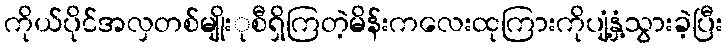
ကိုယ်ပိုင်အလှတစ်မျိုးုစီရှိကြတဲ့မိန်းကလေးထုကြားကိုပျံ့နှံ့သွားခဲ့ပြီး